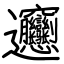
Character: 𰻝